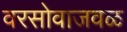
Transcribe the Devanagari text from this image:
वरसोवाजवळ